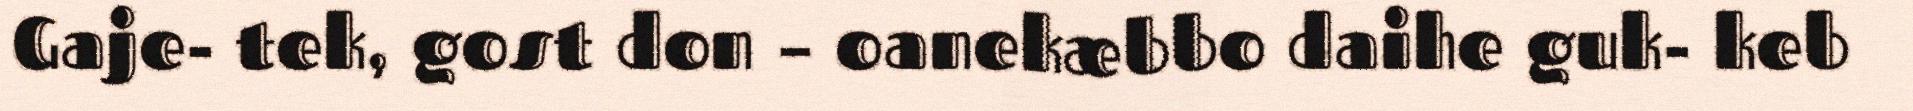
Gaje- tek, gost don – oanekæbbo daihe guk- keb